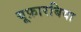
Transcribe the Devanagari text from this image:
यूफ़ारबिया